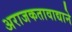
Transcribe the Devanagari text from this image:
अराजकतावाद्याने